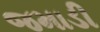
જમાડી